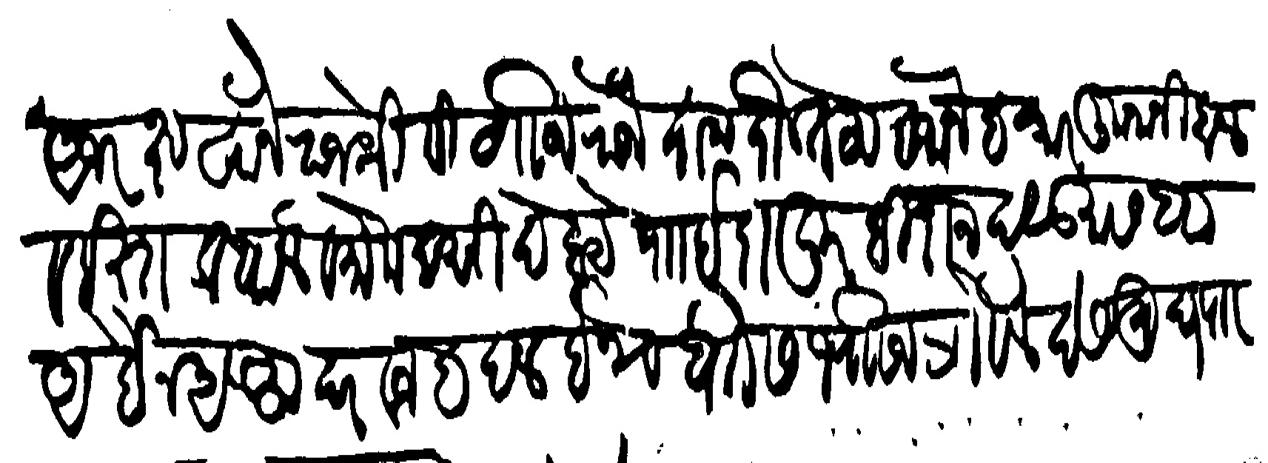
Transliteration (Devanagari): अज रख्तखाने राजश्री सीवाजी राजे दामदौलतह वजानेव कारकुनानि हाल व इस्तकबाल व मोकदमानि देहाये पाा इदापूर बिदानद सुा सवा अबैन अलफ दरवज बदल इनाम बेगा सभाजि भोसले देसमुख पाा